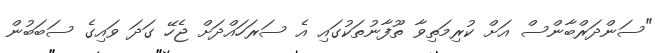
"ސަންދަރްބާންސް އަށް ކުރިމަތިވާ ތޫފާނުތަކުގައި އެ ސަރަހައްދަށް ޖެހޭ ގަދަ ވައިގެ ސަބަބުން